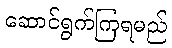
ဆောင်ရွက်ကြရမည်